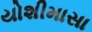
યોશીમાસા